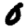
Digit: 0